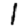
Digit: 1